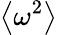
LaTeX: \left\langle\omega^{2}\right\rangle